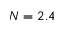
N = 2 . 4